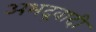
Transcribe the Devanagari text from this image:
अभद्रवादी